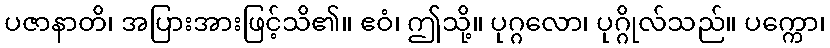
ပဇာနာတိ၊ အပြားအားဖြင့်သိ၏။ ဧဝံ၊ ဤသို့။ ပုဂ္ဂလော၊ ပုဂ္ဂိုလ်သည်။ ပက္ကော၊